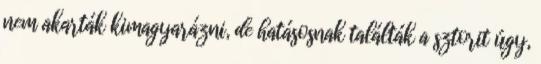
nem akarták kimagyarázni, de hatásosnak találták a sztorit úgy,